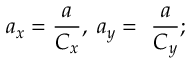
a _ { x } = \frac { a } { C _ { x } } , \; a _ { y } = \ \frac { a } { C _ { y } } ;